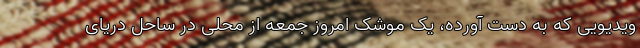
ویدیویی که به دست آورده، یک موشک امروز جمعه از محلی در ساحل دریای